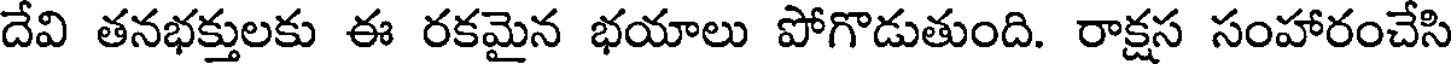
దేవి తనభక్తులకు ఈ రకమైన భయాలు పోగొడుతుంది. రాక్షస సంహారంచేసి